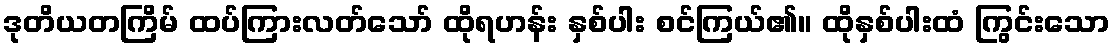
ဒုတိယတကြိမ် ထပ်ကြားလတ်သော် ထိုရဟန်း နှစ်ပါး စင်ကြယ်၏။ ထိုနှစ်ပါးထံ ကြွင်းသော